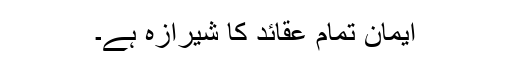
ایمان تمام عقائد کا شیرازہ ہے۔